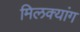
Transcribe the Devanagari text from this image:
मिलक्यांग